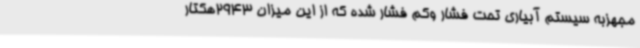
مجهزبه سیستم آبیاری تحت فشار وکم فشار شده که از این میزان 2943هکتار